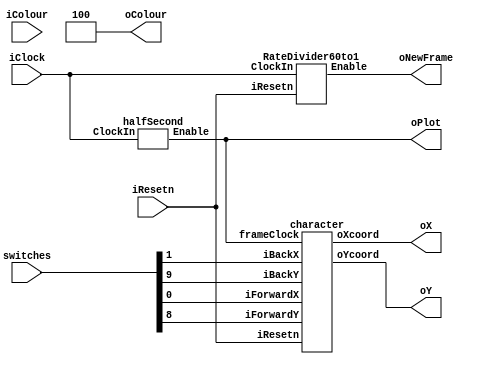
module controlCharacter(iColour, iResetn, iClock, oX, oY, oColour, oPlot, oNewFrame, switches);
   input wire [2:0] iColour;
   input wire 	    iResetn;
   input wire 	    iClock;
   input [9:0] switches;
   output wire [7:0] oX;         // VGA pixel coordinates
   output wire [6:0] oY;

   output wire [2:0] oColour;     // VGA pixel colour (0-7)
   output wire 	     oPlot;       // Pixel drawn enable
   output wire       oNewFrame;

   wire frameClock, second;

   RateDivider60to1 marcus(iClock, iResetn, frameClock);
   halfSecond marcus2  (iClock, second);

   character mike(.frameClock(second), .iResetn(iResetn), .iForwardX(switches[0]), .iBackX(switches[1]), 
                .iForwardY(switches[8]), .iBackY(switches[9]), .oXcoord(oX), .oYcoord(oY));

   assign oPlot = second;
   assign oNewFrame = frameClock;
   assign oColour = 3'b100;


endmodule

module character(frameClock, iResetn, iForwardX, iBackX, iForwardY, iBackY, oXcoord, oYcoord);
    input frameClock, iResetn, iForwardX, iBackX, iBackY, iForwardY;
    output wire [7:0] oXcoord;         
    output wire [6:0] oYcoord;

    reg [7:0] CoordinatesX;
    reg [6:0] CoordinatesY;



    always @(posedge frameClock)
        begin
            if(!iResetn)
                begin
                    CoordinatesX <= 8'd50;
                    CoordinatesY <= 7'd50;
                end
            else
                begin
                    if(iForwardX)
                        begin
                            CoordinatesX <= CoordinatesX + 1;
                        end
                    if(iBackX)
                        begin
                            CoordinatesX <= CoordinatesX - 1;
                        end
                    if(iForwardY)
                        begin
                            CoordinatesY <= CoordinatesY + 1;
                        end
                    if(iBackY)
                        begin
                            CoordinatesY <= CoordinatesY - 1;
                        end
                end
        end

    assign oXcoord = CoordinatesX;
    assign oYcoord = CoordinatesY;

endmodule


module RateDivider60to1
#(parameter CLOCK_FREQUENCY = 50000000) (
input ClockIn,
input iResetn,
output Enable
);

    reg [30:0] RateDividerCount;

    always@(posedge ClockIn, negedge iResetn)
        begin
            if(~iResetn)
                begin
                    RateDividerCount = (CLOCK_FREQUENCY / 60) - 1;
                end
            
            else if(RateDividerCount != 31'b0)
                begin
                    RateDividerCount <= RateDividerCount -1;
                end
            
            else 
                begin
                    RateDividerCount = (CLOCK_FREQUENCY / 60) - 1;
                end
        end

    assign Enable = (RateDividerCount == 31'b0)? 1'b1: 1'b0;
endmodule

module halfSecond
#(parameter CLOCK_FREQUENCY = 50000000) (
input ClockIn,
output Enable
);

    reg [30:0] RateDividerCount;

    always@(posedge ClockIn)
        begin
            if(RateDividerCount != 31'b0)
                begin
                    RateDividerCount <= RateDividerCount -1;
                end
            
            else 
                begin
                    RateDividerCount = (CLOCK_FREQUENCY / 2) - 1;
                end
        end

    assign Enable = (RateDividerCount == 31'b0)? 1'b1: 1'b0;
endmodule